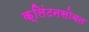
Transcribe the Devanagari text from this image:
क्लिंटनसोबत